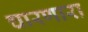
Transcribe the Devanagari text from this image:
चारणारा